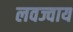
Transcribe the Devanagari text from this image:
लवज्वाय